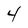
Character: 4